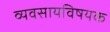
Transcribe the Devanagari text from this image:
व्यवसायविषयक